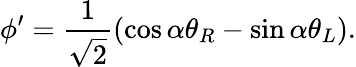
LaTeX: \phi^{\prime}=\frac{1}{\sqrt{2}}(\cos\alpha\theta_{R}-\sin\alpha\theta_{L}).